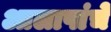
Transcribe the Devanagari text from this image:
आलापांचे